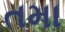
તમા